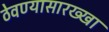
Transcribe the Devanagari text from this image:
ठेवण्यासारख्खा